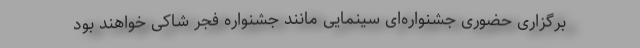
برگزاری حضوری جشنواره‌ای سینمایی مانند جشنواره فجر شاکی خواهند بود